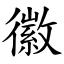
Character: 徽